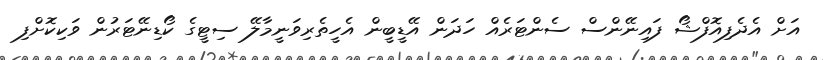
އަށް އެދެފިއޮފްޝޯ ފައިނޭންސް ސެންޓަރެއް ހަދަން އޭޑީބީން އެހީތެރިވަނީމާލޭ ސިޓީގެ ކޯޑިނޭޓަރުން ވަކިކޮށްފި